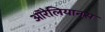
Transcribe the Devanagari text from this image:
ऑरेलियानस